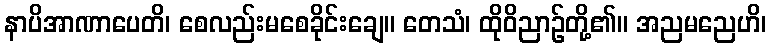
နာပိအာဏာပေတိ၊ စေလည်းမစေခိုင်းချေ။ တေသံ၊ ထိုဝိညာဉ်တို့၏။ အညမညေဟိ၊